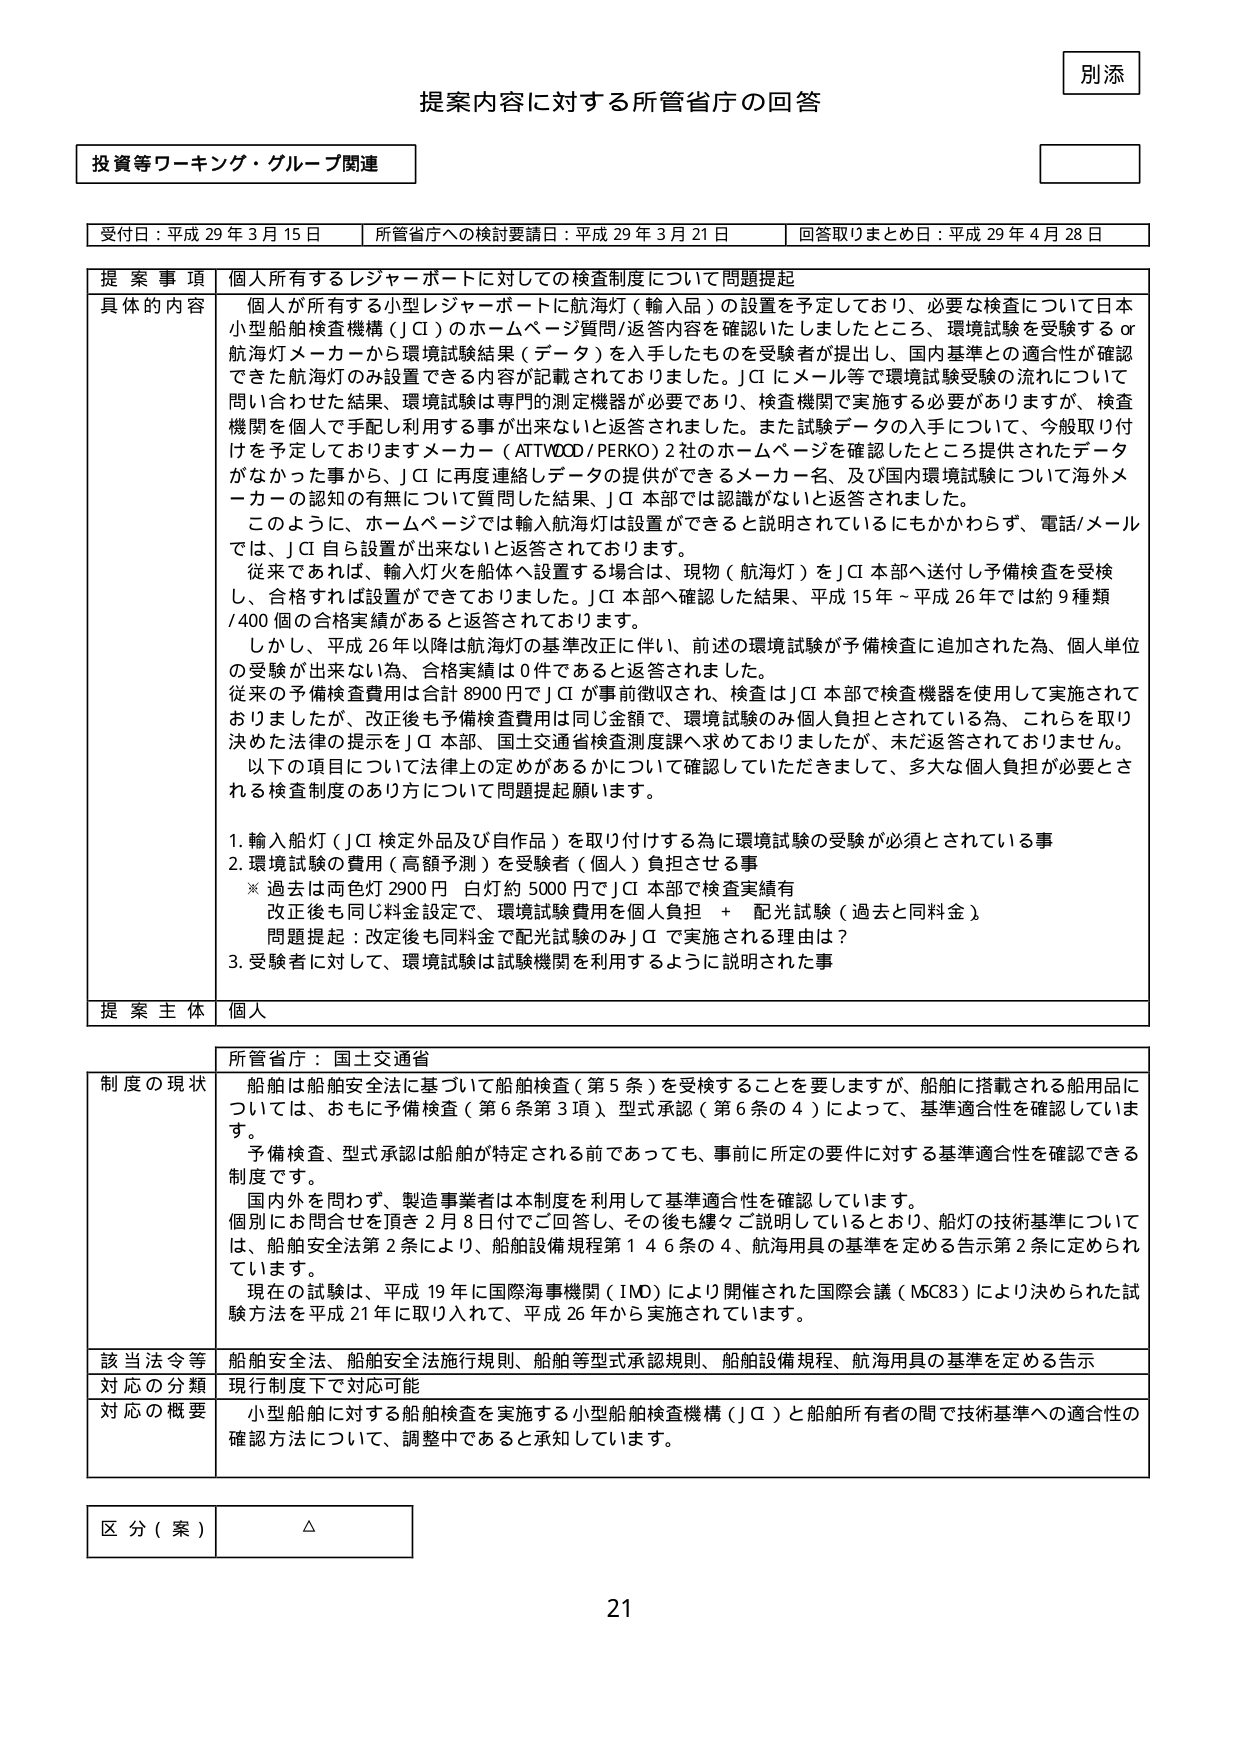
別添

提案内容に対する所管省庁の回答

投資等ワーキング・グループ関連

受付日：平成29年3月15日　　所管省庁への検討要請日：平成29年3月21日　　回答取りまとめ日：平成29年4月28日

提案事項　個人所有するレジャーボートに対しての検査制度について問題提起

具体的な内容　個人が所有する小型レジャーボートに航海灯（輸入品）の設置を予定しており、必要な検査について日本小型船舶検査機構（JCI）のホームページ質問/返答内容を確認いたしましたところ、環境試験を受験するor航海灯メーカーから環境試験結果（データ）を入手したものを受験者が提出し、国内基準との適合性が確認できた航海灯のみ設置できる内容が記載されておりました。JCIにメール等で環境試験受験の流れについて問い合わせた結果、環境試験は専門的測定機器が必要であり、検査機関で実施する必要がありますが、検査機関を個人で手配し利用する事が出来ないと返答されました。また試験データの入手について、今般取り付けを予定しておりますがメーカー（ATTWOOD/PERKO）2社のホームページを確認したところ提供されたデータがなかった事から、JCIに再度連絡しデータの提供ができるメーカー名、及び国内環境試験について海外メーカーの認知の有無について質問した結果、JCI本部では認識がないと返答されました。

このように、ホームページでは輸入航海灯は設置ができると説明されているにもかかわらず、電話/メールでは、JCI自ら設置が出来ないと返答されております。

従来であれば、輸入灯火を船体へ設置する場合は、現物（航海灯）をJCI本部へ送付し予備検査を受検し、合格すれば設置ができておりました。JCI本部へ確認した結果、平成15年～平成26年では約9種類/400個の合格実績があると返答されております。

しかし、平成26年以降は航海灯の基準改正に伴い、前述の環境試験が予備検査に追加された為、個人単位の受験が出来ない為、合格実績は0件であると返答されました。

従来の予備検査費用は合計8900円でJCIが事前徴収され、検査はJCI本部で検査機器を使用して実施されておりましたが、改正後も予備検査費用は同じ金額で、環境試験のみ個人負担とされている為、これらを取り決めた法律の提示をJCI本部、国土交通省検測度課へ求めておりましたが、未だ返答されておりません。

以下の項目について法律上の定めがあるかについて確認していただきますまして、多大な個人負担が必要とされる検査制度のあり方について問題提起願います。

1. 輸入船灯（JCI検定外品及び自作品）を取り付ける為に環境試験の受験が必須とされている事
2. 環境試験の費用（高額予測）を受験者（個人）負担させる事
　※過去は両色灯2900円　白灯約5000円でJCI本部で検査実績有
　改正後も同じ料金設定で、環境試験費用を個人負担　＋　配光試験（過去と同料金）
　問題提起：改正後も同料金で配光試験のみJCIで実施される理由は？
3. 受験者に対して、環境試験は試験機関を利用するように説明された事

提案主体　個人

所管省庁：国土交通省

制度の現状　船舶は船舶安全法に基づいて船舶検査（第5条）を受検することを要しますが、船舶に搭載される船用品については、おもに予備検査（第6条第3項）、型式承認（第6条の4）によって、基準適合性を確認しています。

予備検査、型式承認は船舶が特定される前であっても、事前に所定の要件に対する基準適合性を確認できる制度です。

国内外を問わず、製造事業者は本制度を利用して基準適合性を確認しています。

個別にお問合せを頂き2月8日付でご回答し、その後も繰々ご説明しているとおり、船灯の技術基準については、船舶安全法第2条により、船舶設備規程第146条の4、航海用具の基準を定める告示第2条に定められています。

現在の試験は、平成19年に国際海事機関（IMO）により開催された国際会議（MC83）により決められた試験方法を平成21年に取り入れて、平成26年から実施されています。

該当法令等　船舶安全法、船舶安全法施行規則、船舶等型式承認規則、船舶設備規程、航海用具の基準を定める告示

対応の分類　現行制度下で対応可能

対応の概要　小型船舶に対する船舶検査を実施する小型船舶検査機構（JCI）と船舶所有者の間で技術基準への適合性の確認方法について、調整中であると承知しています。

区分（案）　△

21